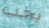
يجب